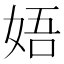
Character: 娪